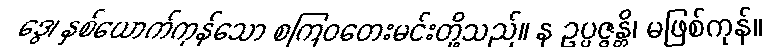
ဒွေ၊ နှစ်ယောက်ကုန်သော စကြဝတေးမင်းတို့သည်။ န ဥပ္ပဇ္ဇန္တိ၊ မဖြစ်ကုန်။